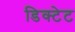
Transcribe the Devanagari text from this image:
डिक्टेट